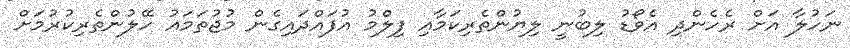
ނަހުލާ އަށް ރެހެންދި އެވޯޑު ލިބުނީ ލިޔުންތެރިކަމާއި ފިލްމު އުފައްދައިގެން މުޖުތަމައު ހޭލުންތެރިކުރުމަށް